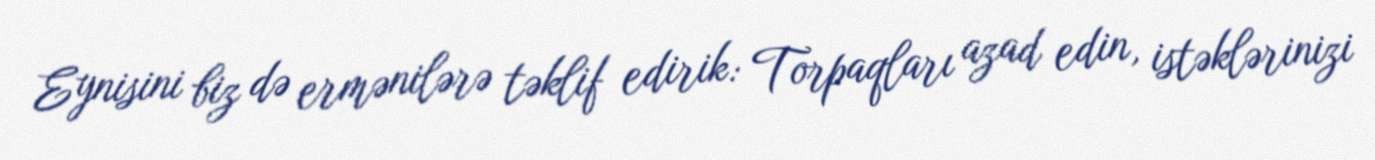
Eynisini biz də ermənilərə təklif edirik: Torpaqları azad edin, istəklərinizi